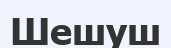
Шешуш